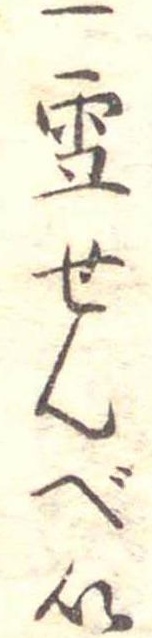
一雪せんべい